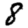
Digit: 8